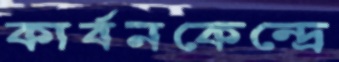
কার্বনকেন্দ্রে